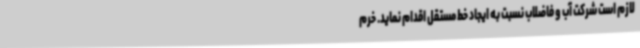
لازم است شرکت آب و فاضلاب نسبت به ایجاد خط مستقل اقدام نماید. خرم